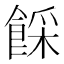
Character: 𩜓